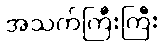
အသက်ကြီးကြီး